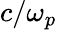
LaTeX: c/\omega_{p}